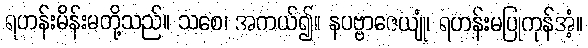
ရဟန်းမိန်းမတို့သည်။ သစေ၊ အကယ်၍။ နပဗ္ဗာဇေယျုံ၊ ရဟန်းမပြုကုန်အံ့။